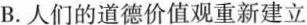
B.人们的道德价值观重新建立